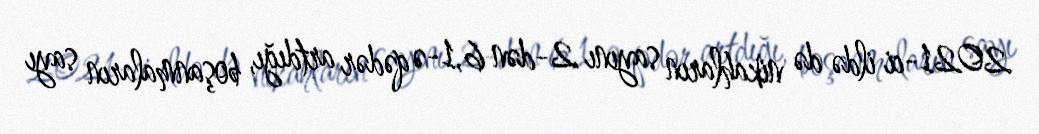
2021-ci ildə də nikahların sayını 2-dən 6,1-ə qədər artdığı, boşanmaların sayı